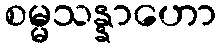
စမ္မသန္နာဟော